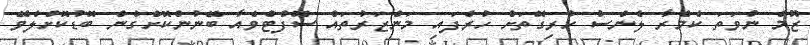
ޒޫމް ނުވަތަ ކެމެރާ ލެންސު ހުރިގޮތަށް ހުރެފައި މަންޒަރުތައް ސޮފްޓްވެއާ ބޭނުންކޮށްގެން ބޮޑުކޮށްލެވޭ